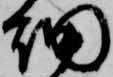
細